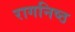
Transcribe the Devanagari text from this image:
रागनिष्ठ